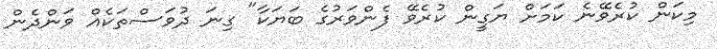
މިކަން ކުރެވޭނެ ކަމަށް ޔަގީން ކުރެވޭ ފެންވަރުގެ ބަޔަކާ" ގިނަ ދުވަސްތަކެއް ވަންދެން